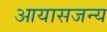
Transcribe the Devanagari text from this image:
आयासजन्य